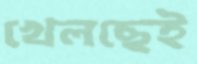
খেলছেই